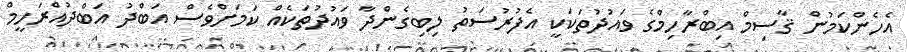
އެހެންކަމުން ޤާސިމް އިބްރާހިމްގެ ވައުދުތަކަކީ އެފުރުސަތު ލިބިގެންދާ ވައުދުތަކެއް ކަމަށްވެސް އަބްދު އަބްދުއްރަހީމް